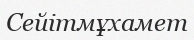
Сейітмұхамет